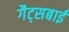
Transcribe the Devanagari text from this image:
गैट्सबाई